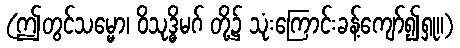
(ဤတွင်သမ္မော၊ ဝိသုဒ္ဓိမဂ် တို့၌ သုံးကြောင်းခန့်ကျော်၍ရှု။)